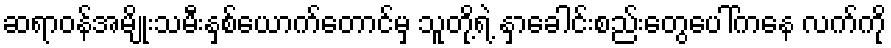
ဆရာဝန်အမျိုးသမီးနှစ်ယောက်တောင်မှ သူတို့ရဲ့ နှာခေါင်းစည်းတွေပေါ်ကနေ လက်ကို